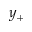
y _ { + }